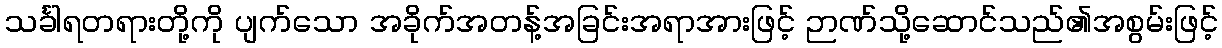
သင်္ခါရတရားတို့ကို ပျက်သော အခိုက်အတန့်အခြင်းအရာအားဖြင့် ဉာဏ်သို့ဆောင်သည်၏အစွမ်းဖြင့်